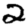
Digit: 2